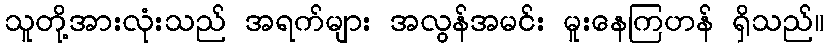
သူတို့အားလုံးသည် အရက်များ အလွန်အမင်း မူးနေကြဟန် ရှိသည်။